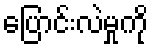
ပြောင်းလဲမှုကို